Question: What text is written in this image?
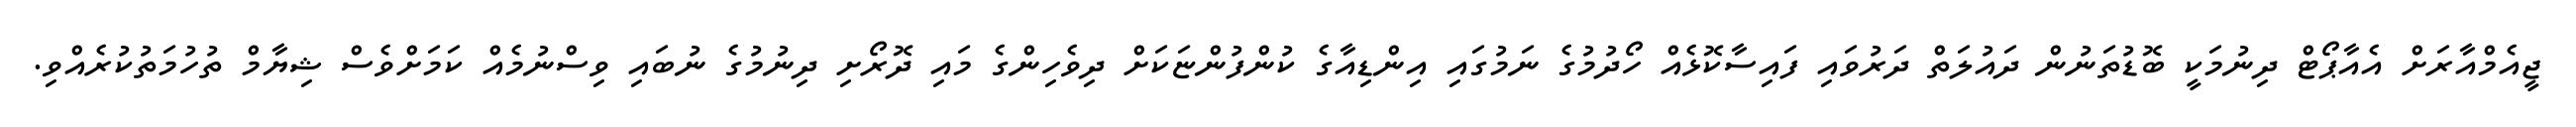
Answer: ޖީއެމްއާރަށް އެއާޕޯޓް ދިނުމަކީ ބޮޑުތަނުން ދައުލަތް ދަރުވައި ފައިސާކޮޅެއް ހޯދުމުގެ ނަމުގައި އިންޑިއާގެ ކުންފުންޏަކަށް ދިވެހިންގެ މައި ދޮރޯށި ދިނުމުގެ ނުބައި ވިސްނުމެއް ކަމަށްވެސް ޝިޔާމް ތުހުމަތުކުރެއްވި.